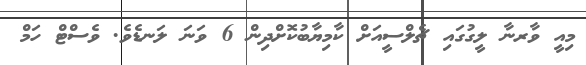
މިއީ ވާރނާ ލީގުގައި ޗެލްސީއަށް ކާމިޔާބުކޮށްދިން 6 ވަނަ ލަނޑެވެ. ވެސްޓް ހަމް